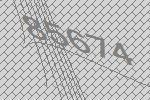
85674